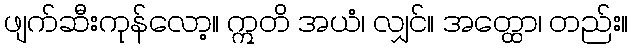
ဖျက်ဆီးကုန်လော့။ ဣတိ အယံ၊ လျှင်။ အတ္ထော၊ တည်း။